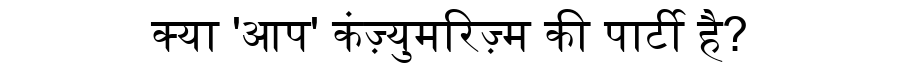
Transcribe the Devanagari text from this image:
क्या 'आप' कंज़्युमरिज़्म की पार्टी है?